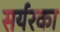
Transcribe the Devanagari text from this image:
सर्यरका